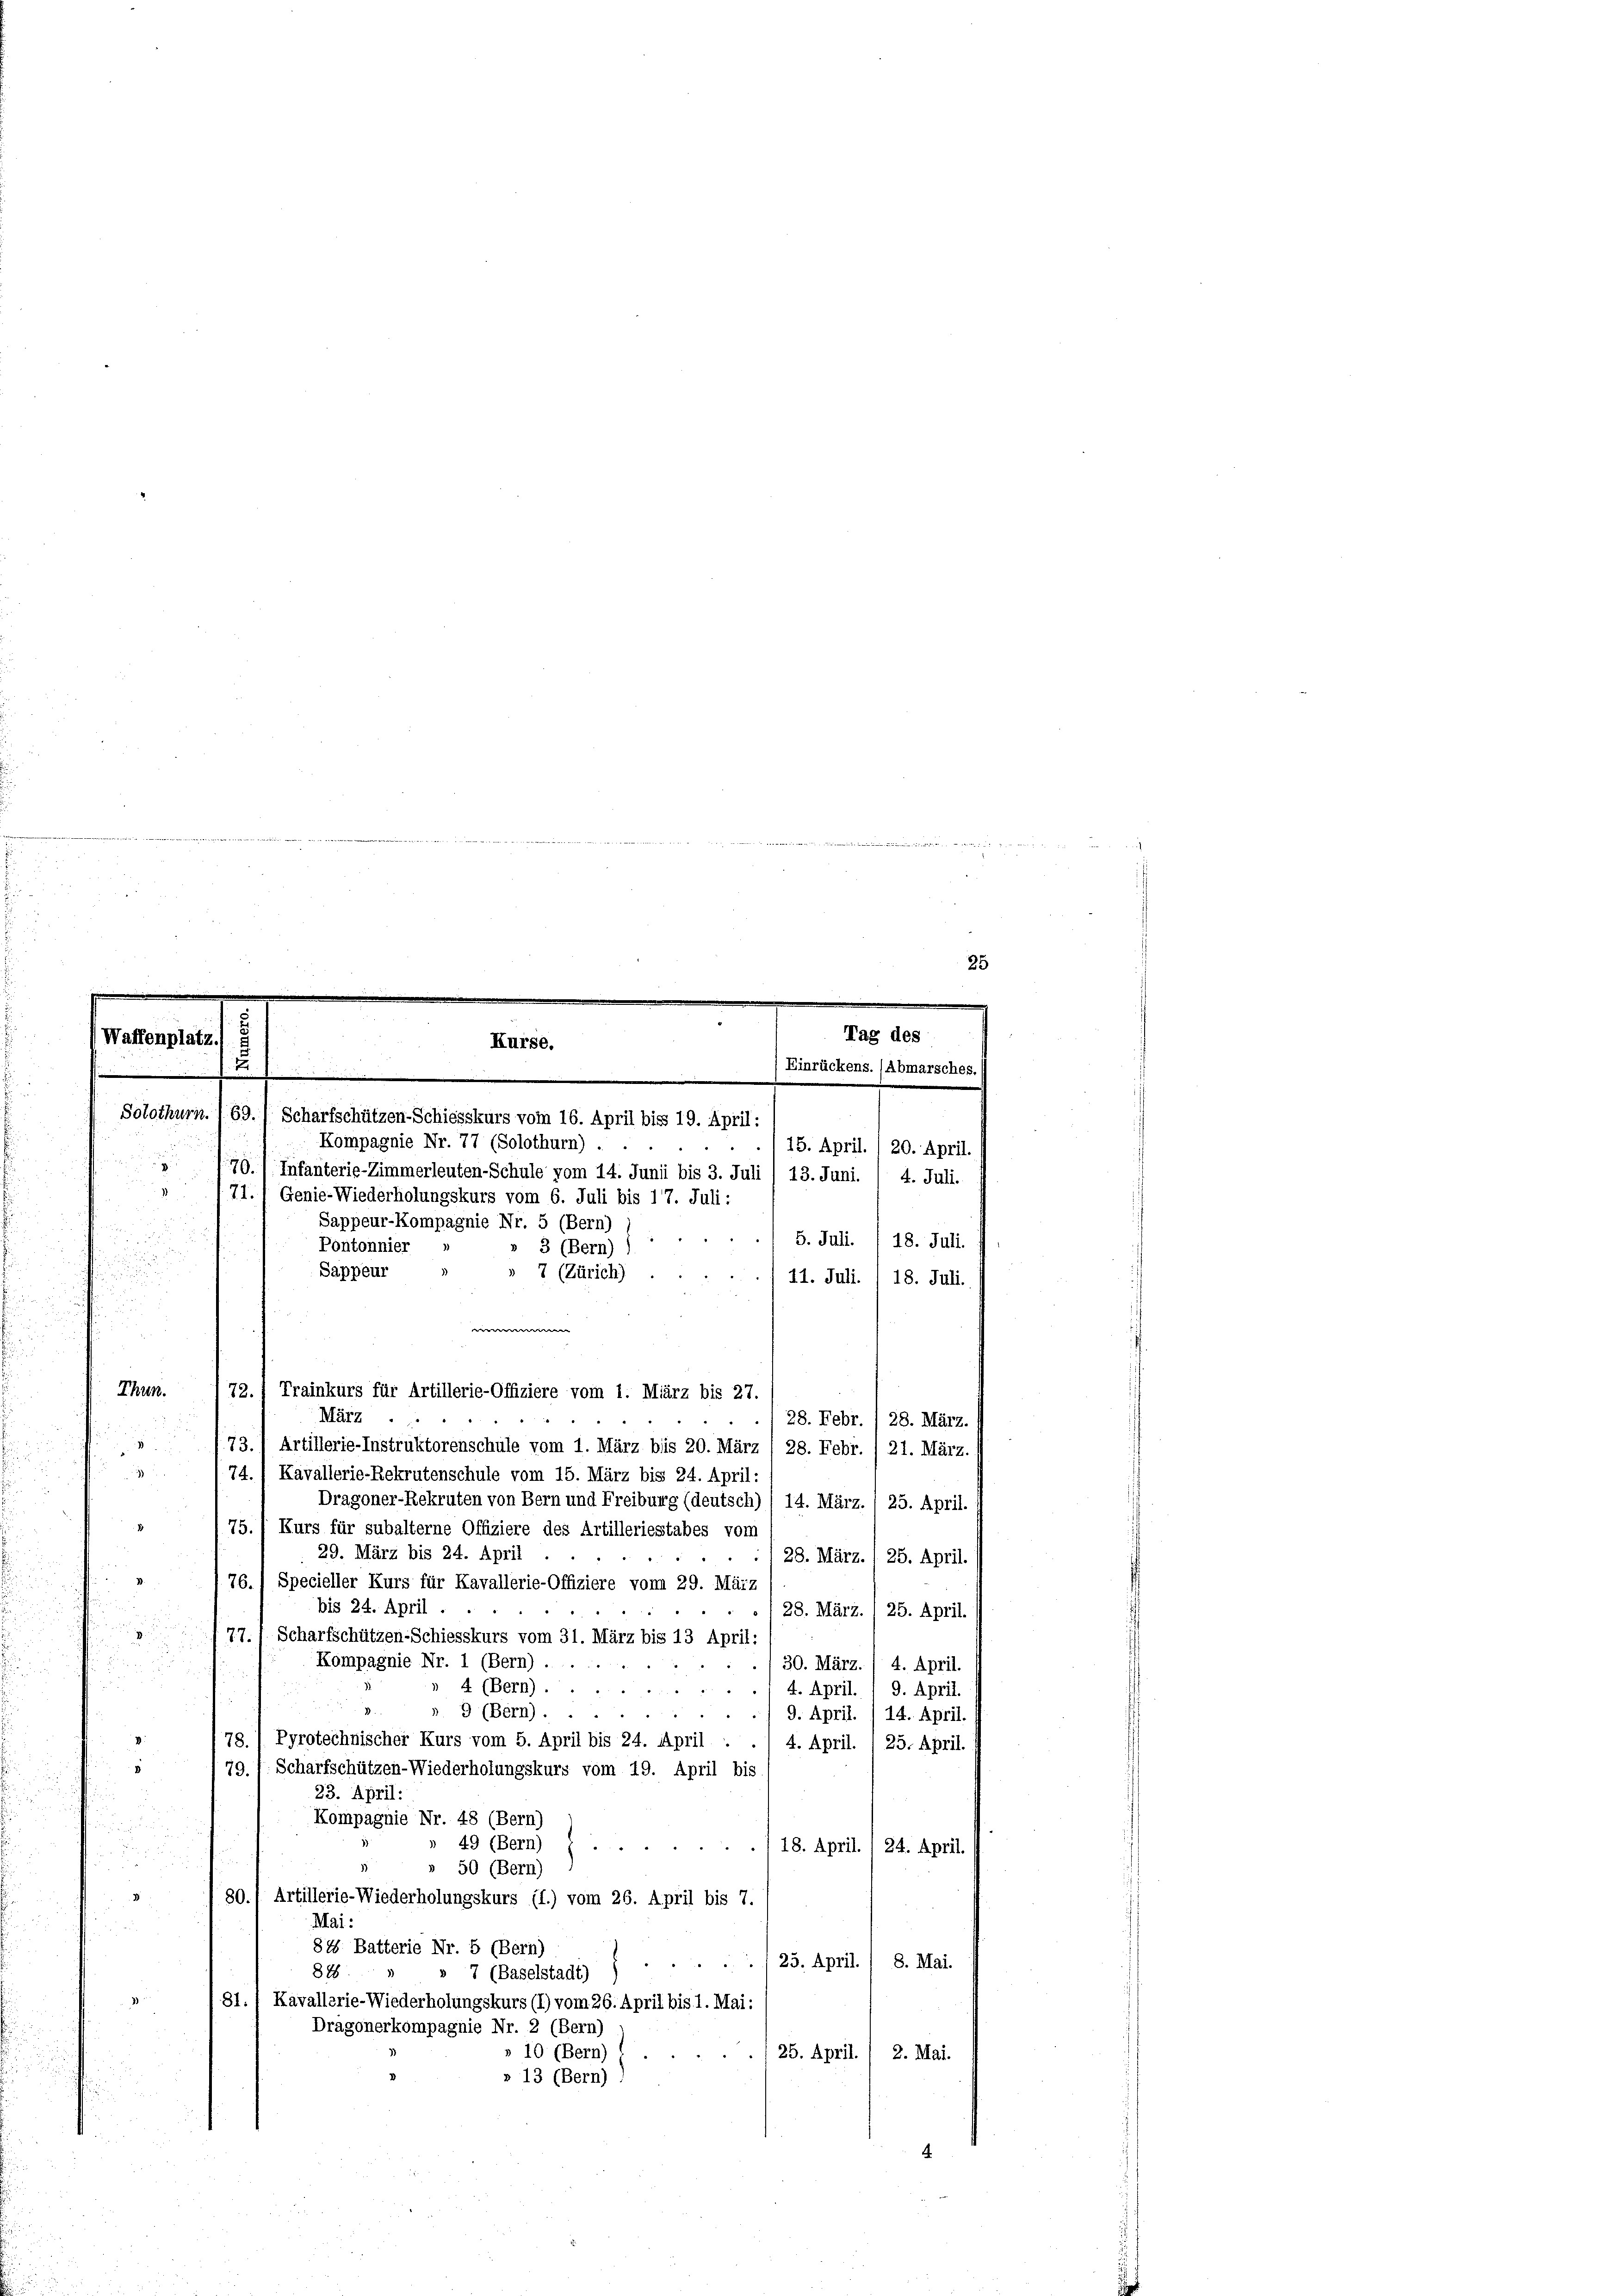
nd
 enken annenwerken, wenn einen u
25
.
.
e
Tag des
Waffenplatz) §
Kurse.
2
Brückens. (Abmarsches.
Solothurn. ) 69. 1 Scharfschützen-Schiesskurs vom 16. April bis 19. April:
Kompagnie Nr. 77 (Solothurn)
15. April. / 20. April.
2
79./ Infanterie-Zimmerleuten-Schule vom 14. Junii bis 3. Juli 1 13. Juni. / 4. Juli.
1
71.) Genie-Wiederholungskurs vom 6. Juli bis 17. Juli:
Sappeur-Kompagnie Nr. 5 (Bern)
5. Juli. /18. Juli.
Pontonnier
3 (Bern)
u

11. Juli. I 18. Juli.
Thun.
März
28. Febr. / 28. März.

73.) Artillerie-Instruktorenschule vom 1. März bis 20. März / 28. Febr. / 21. März.

74., Kavallerie-Rekrutenschule vom 15. März bis 24. April:
Dragoner-Rekruten von Bern und Freiburg (deutsch) / 14. März. 1 25. April.

75.) Kurs für subalterne Offiziere des Artilleriestabes vom

29. März bis 24. April
28. März. 1 25. April.

76.) Specieller Kurs für Kavallerie-Offiziere von 29. März
bis 24. April.
28. März. 1 25. April.
d

77. “ Scharfschützen-Schiesskurs vom 31. März bis 13 April:

Kompagnie Nr. 1 (Bern) ...
30. März.
4. April.
» 4 (Bern) ...
 2
4. April.
9. April.
». 9 (Bern).
9. April. /14. April.
78.) Pyrotechnischer Kurs vom 5. April bis 24. April
4. April. / 25. April.
I
79. 1. Scharfschützen-Wiederholungskurs vom 19. April bis
23. April:
Kompagnie Nr. 48 (Bern)
u
» 49 (Bern)
18. April. 1 24. April.

u
.
3
» 50 (Bern)
80.) Artillerie-Wiederholungskurs (f.) vom 26. April bis 7.
Mai:
84 Batterie Nr. 5 (Bern)
25. April. / 8. Mai.

848
» 7 (Baselstadt)
81.) Kavallerie-Wiederholungskurs (I) vom 26. April bis 1. Mai:
Dragonerkompagnie Nr. 2 (Bern)
10 (Bern)
25. April. / 2. Mai.
» 13 (Bern)

Sappeur
» 7 (Zürich)
ween |
72.) Trainkurs für Artillerie-Offiziere vom 1. März bis 27.